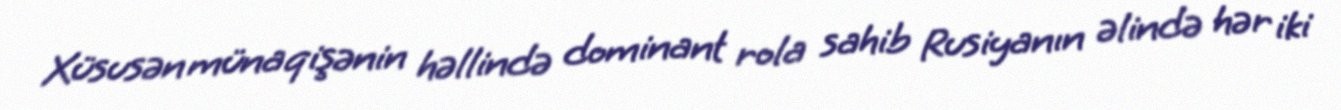
Xüsusən münaqişənin həllində dominant rola sahib Rusiyanın əlində hər iki